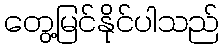
တွေ့မြင်နိုင်ပါသည်